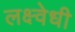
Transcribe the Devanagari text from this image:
लक्ष्वेधी